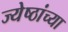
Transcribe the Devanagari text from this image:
ज्येष्ठांच्या